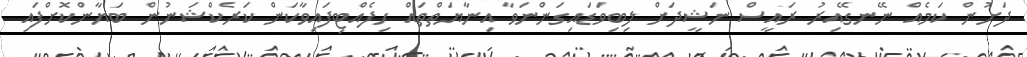
ދަށުން ކަމެއް ނޭނގޭއިރު ރައީސް ނަޝީދަށް ލިބިވަޑައިގަންނަވާ އިނާޔަތްތައް ހިފެއްޓިފައިވާކަން ކަރެކްޝަނުން ބަޔާންކޮށްފައި